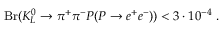
\mathrm { B r } ( K _ { L } ^ { 0 } \to \pi ^ { + } \pi ^ { - } P ( P \to e ^ { + } e ^ { - } ) ) < 3 \cdot 1 0 ^ { - 4 } \; . \nonumber